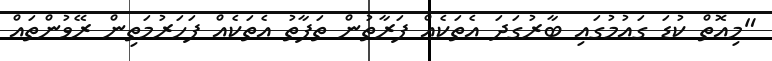
"މިއޮތް ކުޑަ ގައުމުގައި ބާރުގަދަ އެތަކެއް ފަރާތުން ތަފާތު އެތަކެއް ފަހަރުމަތިން ރޭވުންތައް